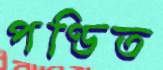
পণ্ডিত